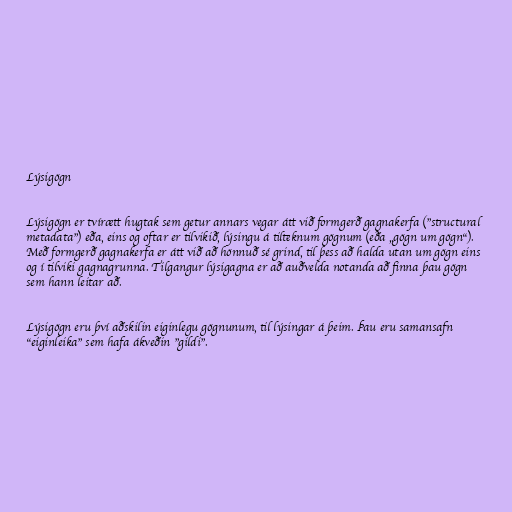
Lýsigögn

Lýsigögn er tvírætt hugtak sem getur annars vegar átt við formgerð gagnakerfa ("structural
metadata") eða, eins og oftar er tilvikið, lýsingu á tilteknum gögnum (eða „gögn um gögn“).
Með formgerð gagnakerfa er átt við að hönnuð sé grind, til þess að halda utan um gögn eins
og í tilviki gagnagrunna. Tilgangur lýsigagna er að auðvelda notanda að finna þau gögn
sem hann leitar að.

Lýsigögn eru því aðskilin eiginlegu gögnunum, til lýsingar á þeim. Þau eru samansafn
"eiginleika" sem hafa ákveðin "gildi".